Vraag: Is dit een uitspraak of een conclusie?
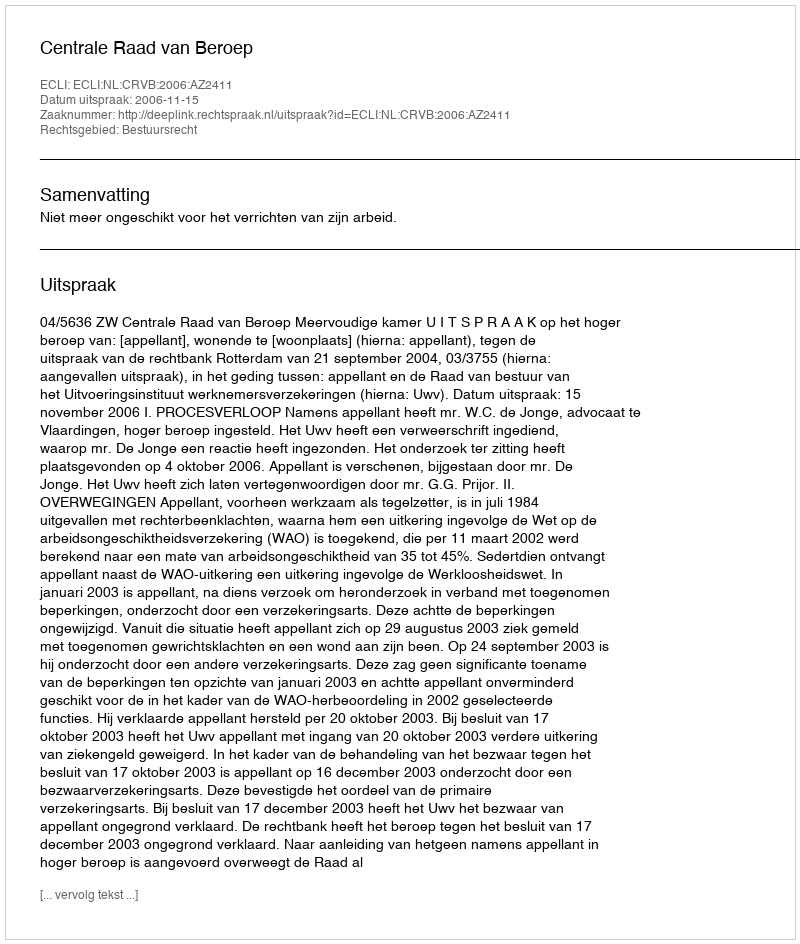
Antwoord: Uitspraak